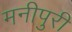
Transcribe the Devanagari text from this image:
मनीपुरी